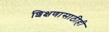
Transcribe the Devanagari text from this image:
शिक्षणासाठीही